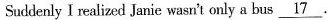
Suddenly I realized Janie wasn't only a bus \underline{17}